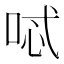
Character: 𠴆